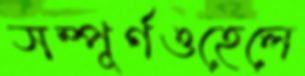
সম্পূর্ণওহেলে